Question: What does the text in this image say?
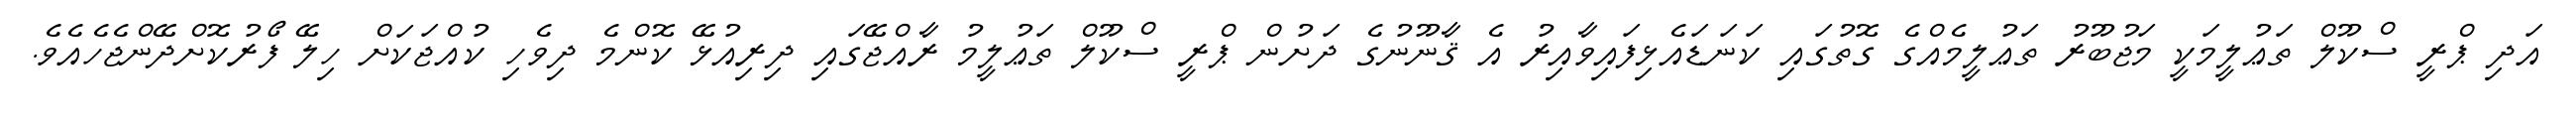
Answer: އަދި ޕްރީ ސްކޫލް ތަޢުލީމަކީ މަޖުބޫރު ތަޢުލީމެއްގެ ގޮތުގައި ކަނަޑައެޅިފައިވާއިރު އެ ޤާނޫނުގެ ދަށުން ޕްރީ ސްކޫލް ތަޢުލީމު ރާއްޖޭގައި ދިރިއުޅޭ ކޮންމެ ދިވެހި ކުއްޖަކަށް ހިލޭ ފޯރުކޮށްދޭންޖެހެއެވެ.